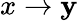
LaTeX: x\to\mathbf{y}